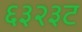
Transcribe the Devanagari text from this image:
६३२३ट